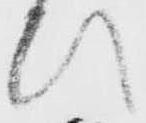
ひ